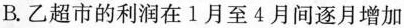
B.乙超市的利润在1月至4月间逐月增加